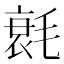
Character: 㲤